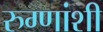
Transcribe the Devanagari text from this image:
रुग्णांशी